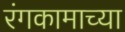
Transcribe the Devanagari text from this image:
रंगकामाच्या